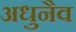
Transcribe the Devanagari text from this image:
अधुनैव